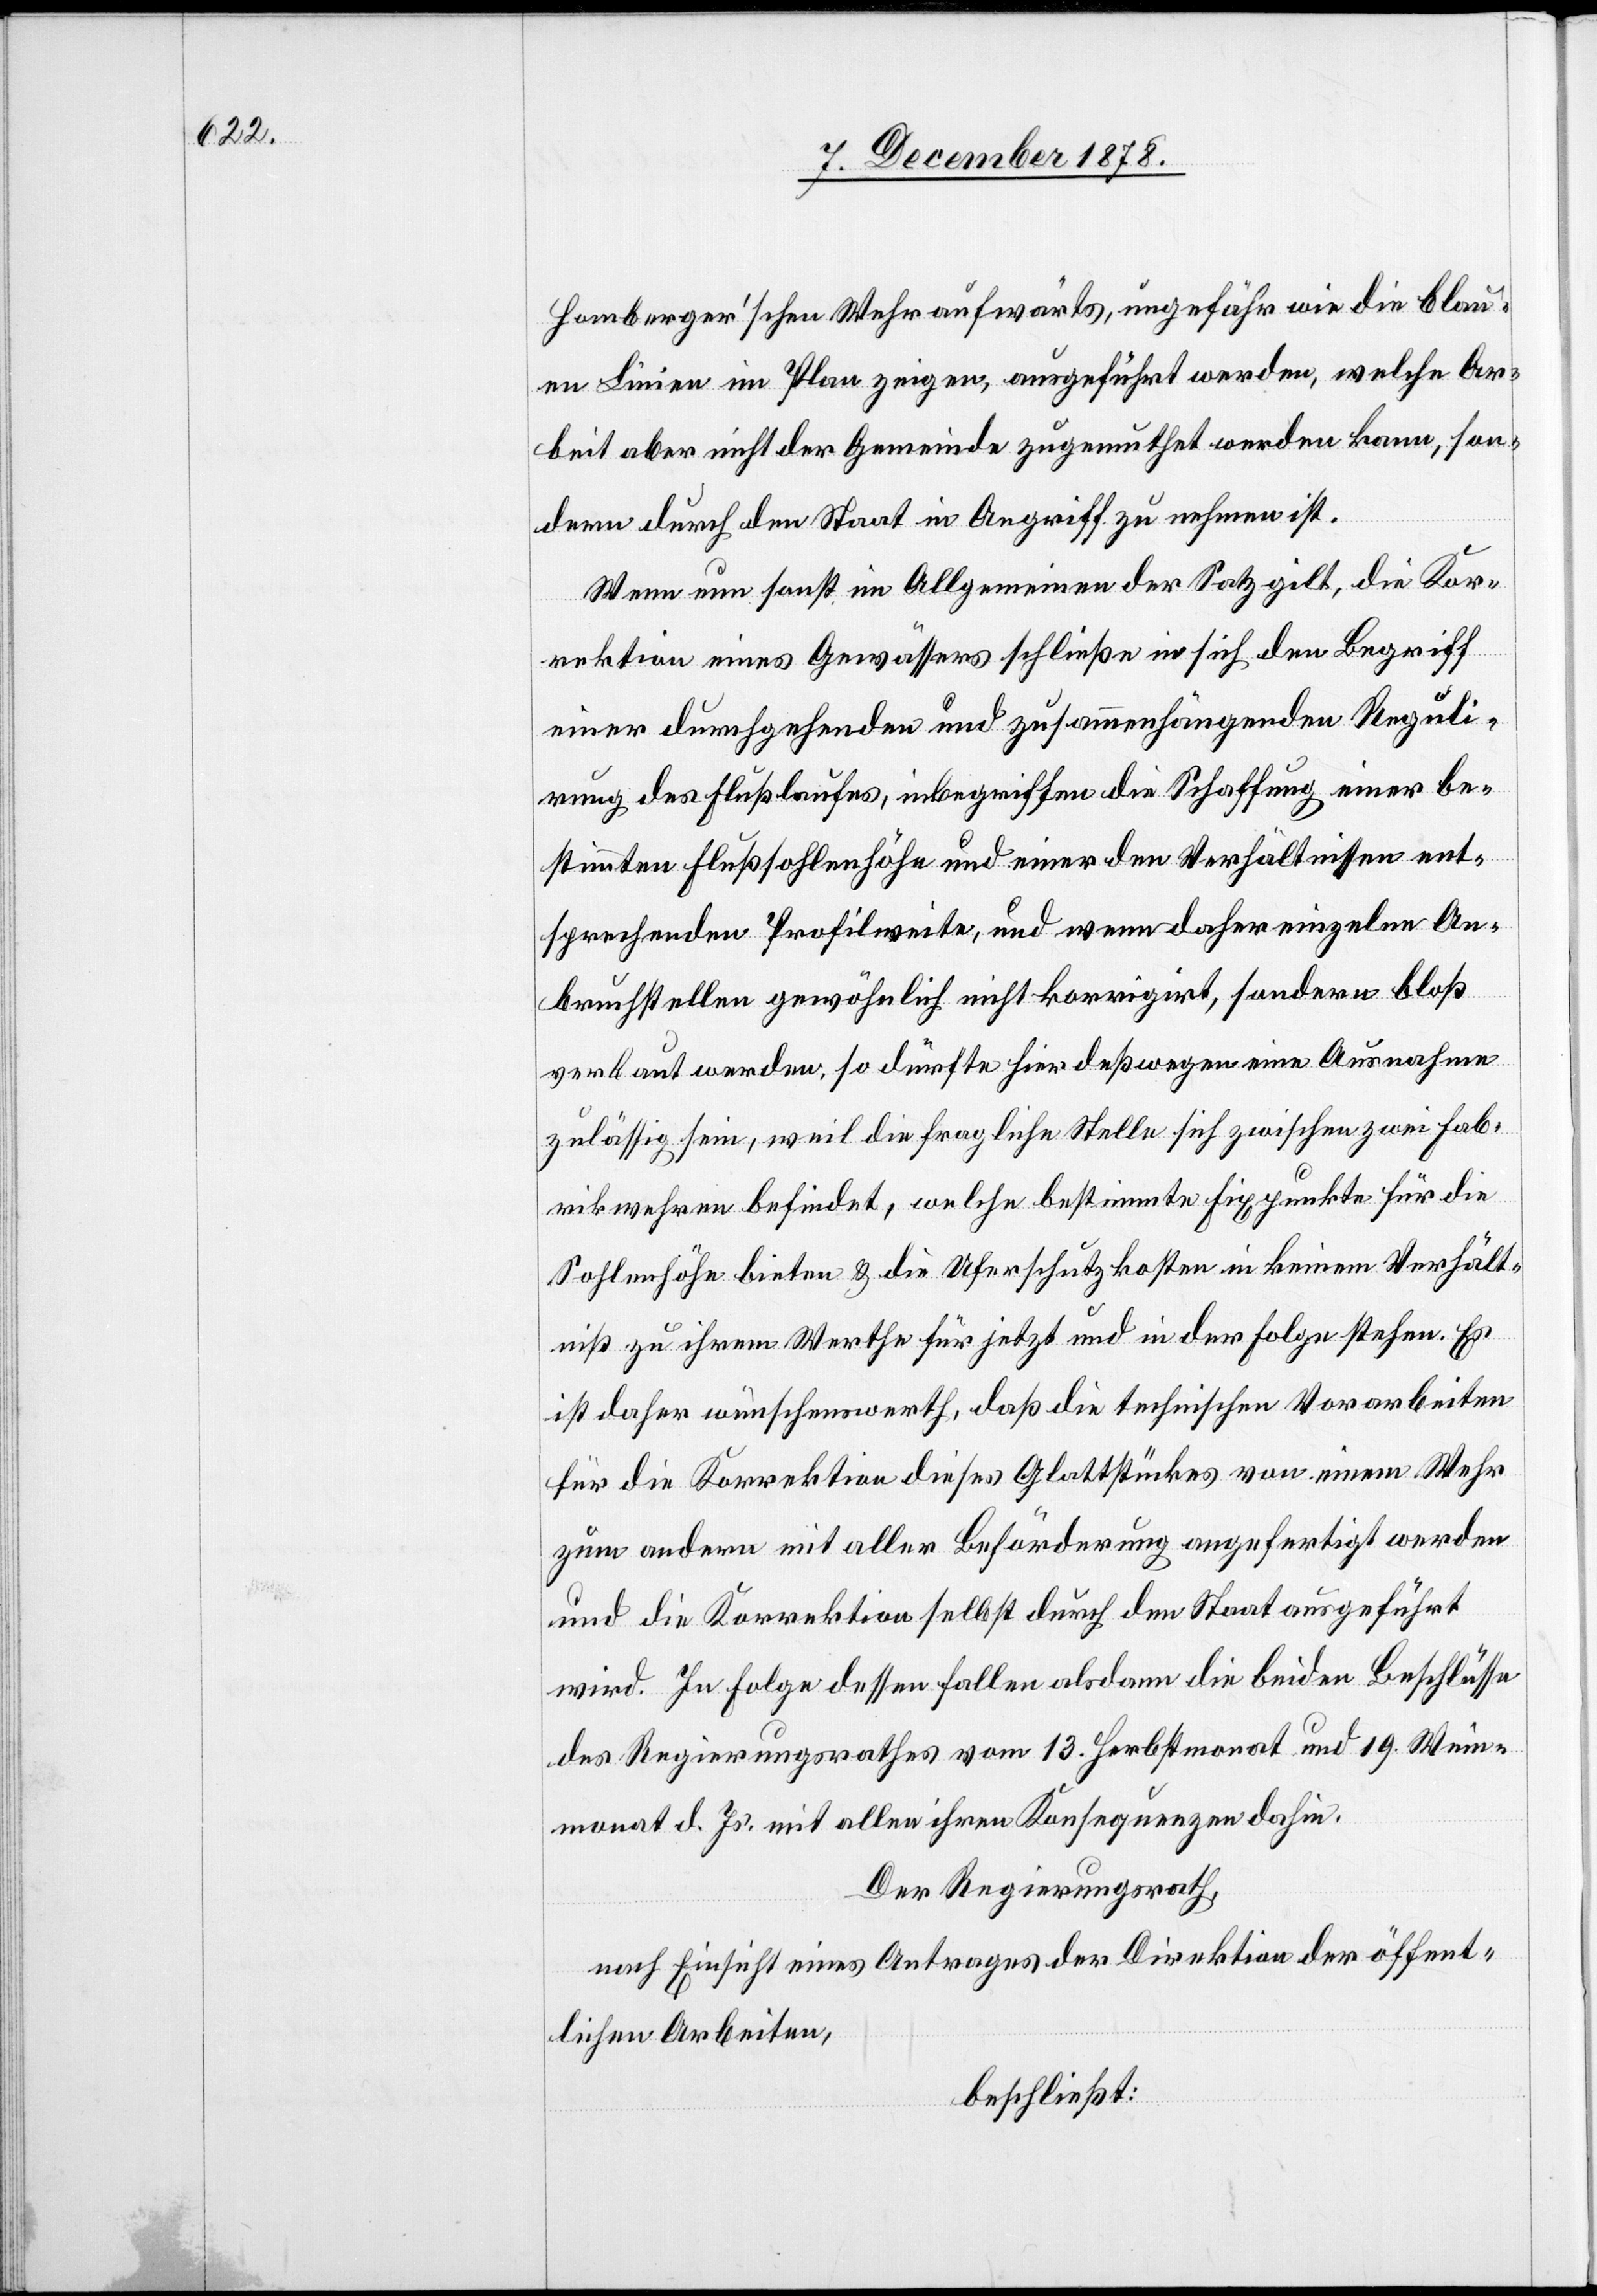
Homberger’schen Wehr aufwärts, ungefähr wie die blau¬
en Linien im Plane zeigen, ausgeführt werden, welche Ar¬
beit aber nicht der Gemeinde zugemuthet werden kann, son¬
dern durch den Staat in Angriff zu nehmen ist.
Wenn nun sonst im Allgemeinen der Satz gilt, die Kor¬
rektion eines Gewässers schließe in sich den Begrif
einer durchgehenden und zusammenhängenden Reguli¬
rung des Flusslaufes, inbegriffen die Schaffung einer be¬
stimmten Flußsohlehöhe und einer den Verhältnissen ent¬
sprechenden Profilweite, und wenn daher einzelne An¬
bruchstellen gewöhnlich nicht korrigirt, sondern bloß
verbaut werden, so dürfte hier deßwegen eine Ausnahme
zulässig sein, weil die fragliche Stelle sich zwischen zwei Fab¬
rikwehren befindet, welche bestimmte Fixpunkte für die
Sohlenhöhe bieten & die Uferschutzkosten in keinem Verhält¬
niß zu ihrem Werthe für jetzt und in der Folge stehen. Es
ist daher wünschenswerth, daß die technischen Vorarbeiten
für die Korrektion dieses Glattstückes von einem Wehr
zum anderen mit aller Beförderung angefertigt werden
und die Korrektion selbst durch den Staat ausgeführt
wird. In Folge dessen fallen alsdann die beiden Beschlüsse
des Regierungsrathes vom 13. Herbstmonat und 19. Wein¬
monat d. Js. mit allen ihren Konsequenzen dahin.
Der Regierungsrath,
nach Einsicht eines Antrages der Direktion der öffent¬
lichen Arbeiten,
beschließt: